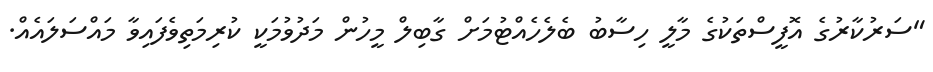
"ސަރުކާރުގެ އޮފީސްތަކުގެ މާލީ ހިސާބު ބެލެހެއްޓުމަށް ގާބިލް މީހުން މަދުވުމަކީ ކުރިމަތިވެފައިވާ މައްސަލައެއް.